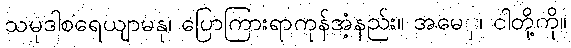
သမုဒါစရေယျာမနု၊ ပြောကြားရာကုန်အံ့နည်း။ အမေှ၊ ငါတို့ကို။